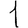
Digit: 1